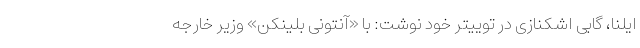
ایلنا، گابی اشکنازی در توییتر خود نوشت: با «آنتونی بلینکن» وزیر خارجه